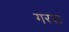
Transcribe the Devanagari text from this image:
गरस